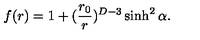
f ( r ) = 1 + ( { \frac { r _ { 0 } } { r } } ) ^ { D - 3 } \sinh ^ { 2 } \alpha .